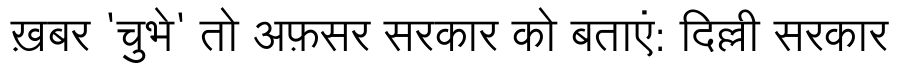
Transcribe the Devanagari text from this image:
ख़बर 'चुभे' तो अफ़सर सरकार को बताएं: दिल्ली सरकार